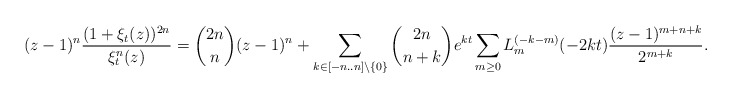
\begin{align*}(z-1)^n\frac{(1+\xi_t(z))^{2n}}{\xi_t^n(z)} &= \binom{2n}{n}(z-1)^n + \sum_{k \in [-n..n]\setminus \{0\}} \binom{2n}{n+k}e^{kt} \sum_{m \geq 0}L_{m}^{(-k-m)}(-2kt)\frac{(z-1)^{m+n+k}}{2^{m+k}}.\end{align*}